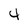
Character: 4